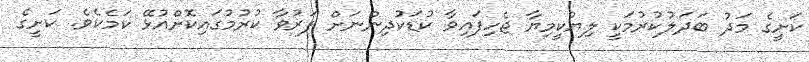
ކަށީގެ މަދު ބަދަލުކުރުމަކީ ލިޔުކީމިޔާ ޖެހިފައިވާ ކުޑަކުދިންނަށް ފަރުވާ ކުރުމުގައިކޮށްއުޅޭ ކަމެކެވެ. ކަށީގެ